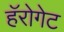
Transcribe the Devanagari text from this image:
हॅरोगेट